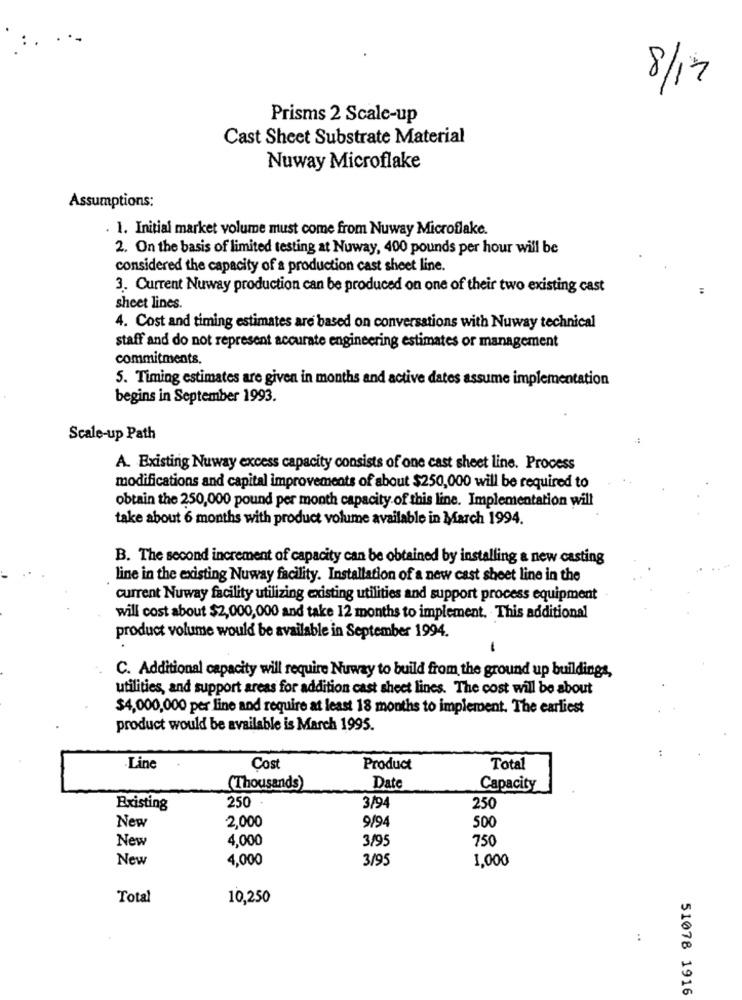
8/17
Prisms 2 Scale-up
Cast Sheet Substrate Material
Nuway Microflake
Assumptions:
. 1. Initial market volume must come from Nuway Microflake.
2. On the basis of limited testing at Nuway, 400 pounds per hour will be
considered the capacity of a production cast sheet line.
3. Current Nuway production can be produced on one of their two existing cast
sheet lines.
4. Cost and timing estimates are based on conversations with Nuway technical
staff and do not represent accurate engineering estimates or management
commitments.
5. Timing estimates are given in months and active dates assume implementation
begins in September 1993.
Scale-up Path
A. Existing Nuway excess capacity consists of one cast sheet line. Process
modifications and capital improvements of about $250,000 will be required to
obtain the 250,000 pound per month capacity of this line. Implementation will
take about 6 months with product volume available in March 1994.
B. The second increment of capacity can be obtained by installing a new casting
line in the existing Nuway facility. Installation of a new cast sheet line in the
current Nuway facility utilizing existing utilities and support process equipment
will cost about $2,000,000 and take 12 months to implement. This additional
product volume would be available in September 1994.
C. Additional capacity will require Nuway to build from the ground up buildings,
utilities, and support areas for addition cast sheet lines. The cost will be about
$4,000,000 per line and require at least 18 months to implement. The earliest
product would be available is March 1995.
·Line
Cost
Product
Total
(Thousands)
Date
Capacity
250
Existing
3/94
250
500
New
2,000
9/94
New
4,000
3/95
750
New
4,000
3/95
1,000
Total
10,250
:
51078 1916